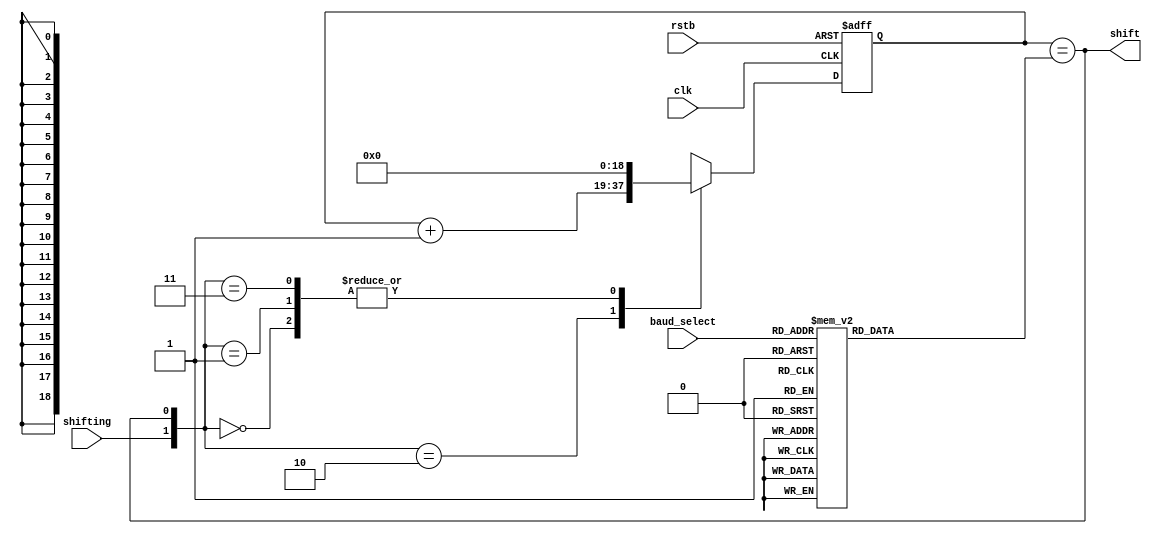
`timescale 1ns / 1ns
//////////////////////////////////////////////////////////////////////////////////
// Company: 
// Engineer: 
// 
// Design Name: 
// Module Name:    Counter_clocks 
// Project Name: 
// Target Devices: 
// Tool versions: 
// Description: 
//
// Dependencies: 
//
// Revision: 
// Revision 0.01 - File Created
// Additional Comments: 
//
//////////////////////////////////////////////////////////////////////////////////
module Counter_clocks( clk, rstb, baud_select,shifting, shift);

input clk, rstb;
input [3:0] baud_select;
input shifting;
output shift;

reg [18:0] counter;
wire [3:0] baud_select;
reg [18:0] clock_bits;
wire shift;
wire [1:0] sel;


assign sel = {shifting,shift};
assign shift = (counter == clock_bits);

always @ (*)
begin
	clock_bits = clock_bits;
case (baud_select)

	4'b0000: clock_bits = 166667;
	4'b0001: clock_bits = 41667;
	4'b0010: clock_bits = 20833;
	4'b0011: clock_bits = 10417;
	4'b0100: clock_bits = 5208;
	4'b0101: clock_bits = 2604;
	4'b0110: clock_bits = 1302;
	4'b0111: clock_bits = 868;
	4'b1000: clock_bits = 434;
	4'b1001: clock_bits = 217;
	4'b1010: clock_bits = 109;
	4'b1011: clock_bits = 54;
	default clock_bits = 5208;
	endcase

//if (counter == clock_bits) shift = 1'b1; 
//else 								shift = 1'b0;

end

always @(posedge clk, negedge rstb)

if 		(!rstb) 
begin
	counter <= 18'b0;
	//clock_bits <= 5208;
end
else case (sel)

		2'b00: counter <= 18'b0 ;
		2'b01: counter <= 18'b0 ;
		2'b10: counter <= counter + 1;
		2'b11: counter <= 18'b0;
		default counter <= counter;
	
endcase
		
endmodule